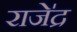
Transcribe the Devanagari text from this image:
राजे॑द्र